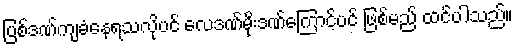
ပြစ်ဒဏ်ကျခံနေရသလိုပင် လေဒဏ်မိုးဒဏ်ကြောင့်ပင် ဖြစ်မည် ထင်ပါသည်။